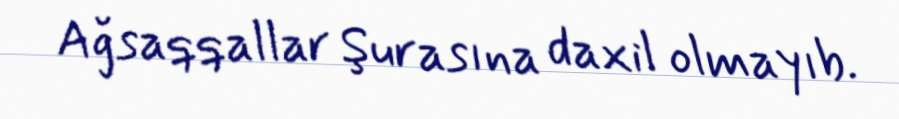
Ağsaqqallar Şurasına daxil olmayıb.